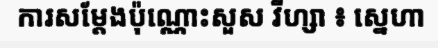
ការសម្តែងប៉ុណ្ណោះសួស វីហ្សា ៖ ស្នេហា